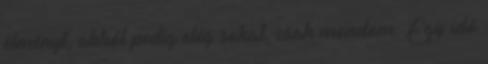
élményt, abból pedig elég sokat, csak mondom. Egy idő